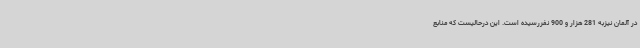
در آلمان نیزبه 281 هزار و 900 نفررسیده است. این درحالیست که منابع